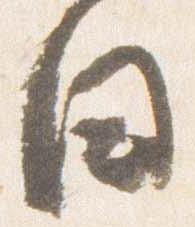
日